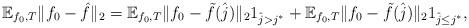
LaTeX: \begin{align*}\mathbb{E}_{f_0,T}\|f_0-\hat{f}\|_2= \mathbb{E}_{f_0,T}\|f_0-\tilde{f}(\hat{j})\|_2 1_{\hat{j}>j^*}+ \mathbb{E}_{f_0,T}\|f_0-\tilde{f}(\hat{j})\|_2 1_{\hat{j}\leq j^*},\end{align*}